Insane asylums Bombay 1873-77 - 1873-1877
Year: 1873
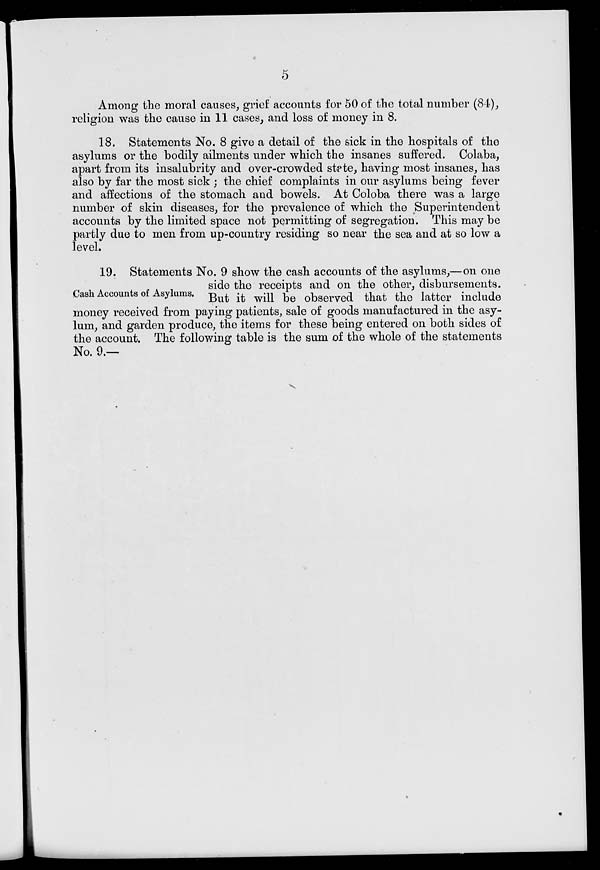
5
Among the moral causes, grief accounts for 50 of the total number (84),
religion was the cause in 11 cases, and loss of money in 8.
18. Statements No. 8 give a detail of the sick in the hospitals of the
asylums or the bodily ailments under which the insanes suffered. Colaba,
apart from its insalubrity and over-crowded state, having most insanes, has
also by far the most sick ; the chief complaints in our asylums being fever
and affections of the stomach and bowels. At Coloba there was a large
number of skin diseases, for the prevalence of which the Superintendent
accounts by the limited space not permitting of segregation. This may be
partly due to men from up-country residing so near the sea and at so low a
level.
Cash Accounts of Asylums.
19. Statements No. 9 show the cash accounts of the asylums,—on one
side the receipts and on the other, disbursements.
But it will be observed that the latter include
money received from paying patients, sale of goods manufactured in the asy-
lum, and garden produce, the items for these being entered on both sides of
the account. The following table is the sum of the whole of the statements
No. 9.—